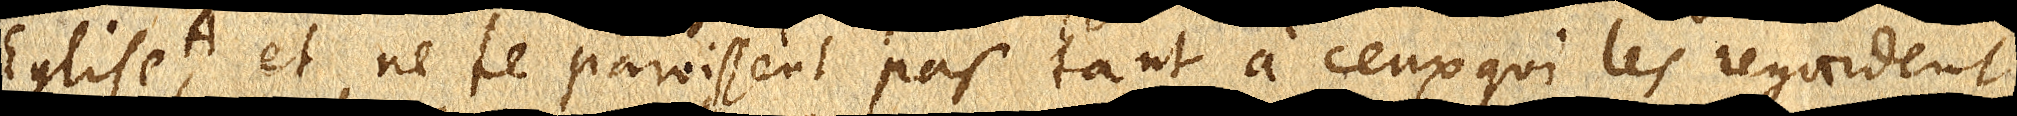
l’Eglise et ne te paroissent pas tant à ceux qui les regardent